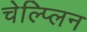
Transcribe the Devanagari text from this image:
चेल्प्लिन